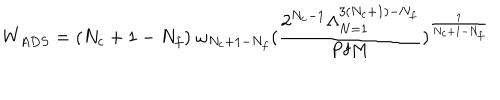
W _ { A D S } = ( N _ { c } + 1 - N _ { f } ) \; \omega _ { N _ { c } + 1 - N _ { f } } ( \frac { 2 ^ { N _ { c } - 1 } \Lambda _ { N = 1 } ^ { 3 ( N _ { c } + 1 ) - N _ { f } } } { \mathrm { P f } M } ) ^ { \frac { 1 } { N _ { c } + 1 - N _ { f } } }